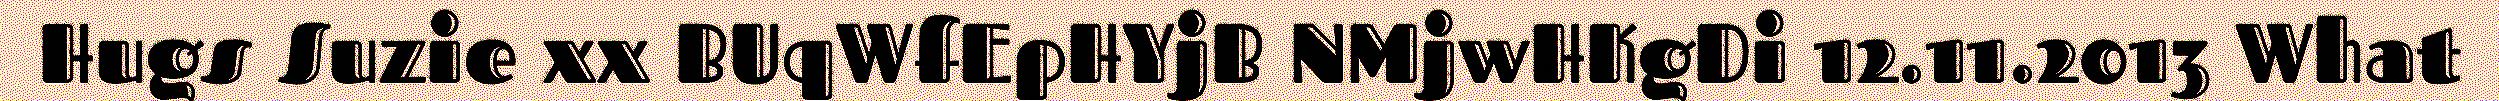
Hugs Suzie xx BUqWfEpHYjB NMjwHKgDi 12.11.2013 What